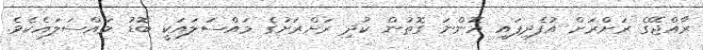
ރާއްޖޭގެ ރަށްރަށް އުފެދިފައި އޮންނަ ގޮތުން ކުދި ރަށްރަށުގެ މައްސަލައަކީ ބޮޑު މައްސަލައެކެވެ.